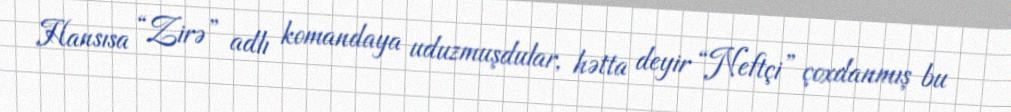
Hansısa “Zirə” adlı komandaya uduzmuşdular, hətta deyir “Neftçi” çoxdanmış bu